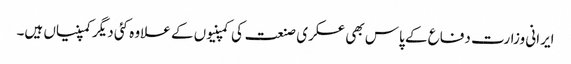
ایرانی وزارت دفاع کے پاس بھی عسکری صنعت کی کمپنیوں کے علاوہ کئی دیگر کمپنیاں ہیں۔